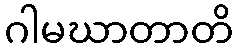
ဂါမဃာတာတိ